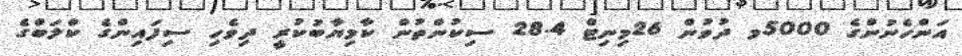
އަންހެނުންގެ 5000މ ދުވުން 26މިނިޓް 28.4 ސިކުންތުން ކާމިޔާބުކުރީ ދިވެހި ސިފައިންގެ ކްލަބްގެ